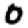
Digit: 0